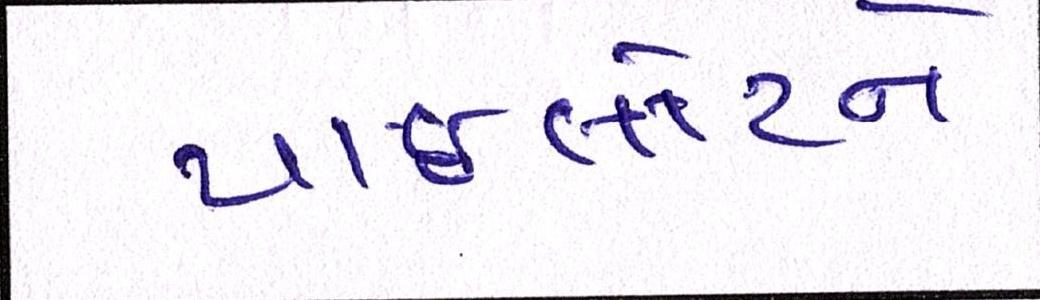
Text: પાઈલોટને